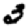
Digit: 3